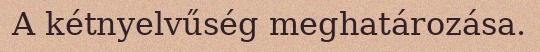
A kétnyelvűség meghatározása.